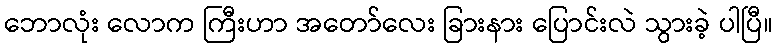
ဘောလုံး လောက ကြီးဟာ အတော်လေး ခြားနား ပြောင်းလဲ သွားခဲ့ ပါပြီ။